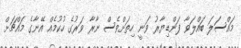
މައްސަލަ ބައްލަވާ ފަންޑިޔާރު ވަނީ ހިތަށްވެސް ނާރާ ވަރުގެ ހުކުމެއް އޭނާގެ މައްޗަށް